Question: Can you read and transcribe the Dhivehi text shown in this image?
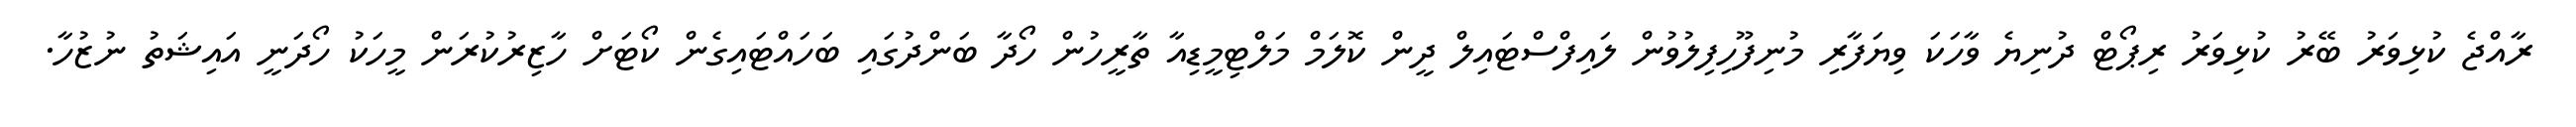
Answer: ރާއްޖެ ކުޅިވަރު ބޭރު ކުޅިވަރު ރިޕޯޓް ދުނިޔެ ވާހަކަ ވިޔަފާރި މުނިފޫހިފިލުވުން ލައިފްސްޓައިލް ދީން ކޮލަމް މަލްޓިމީޑިއާ ތާރީހުން ހޯދާ ބަންދުގައި ބަހައްޓައިގެން ކޯޓަށް ހާޒިރުކުރަން މީހަކު ހޯދަނީ އައިޝަތު ނުޒުހާ.